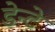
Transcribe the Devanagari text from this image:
डेन्टे